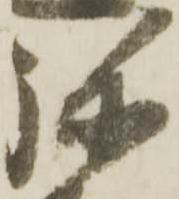
弥